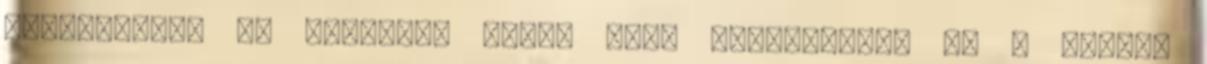
belekémlelt az edénybe, újabb húst csippentett ki a barnás